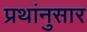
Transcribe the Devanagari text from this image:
प्रथांनुसार